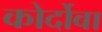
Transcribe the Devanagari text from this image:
कोर्दोवा